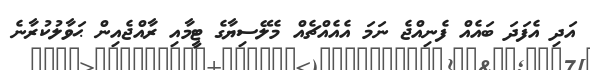
އަދި އެފަދަ ބައެއް ފެނިއްޖެ ނަމަ އެއެއްޗެއް މެލޭސިޔާގެ ޓީމާއި ރާއްޖެއިން ޙަވާލުކުރާނެ